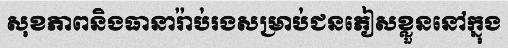
សុខភាពនិងធានារ៉ាប់រងសម្រាប់ជនភៀសខ្លួននៅក្នុង